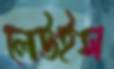
লেউইস